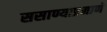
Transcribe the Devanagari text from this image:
ससाण्याप्रमाणे